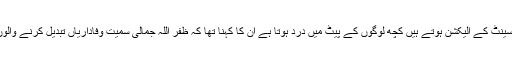
انہوں نے کہا کہ جب بھی سینٹ کے الیکشن ہوتے ہیں کچھ لوگوں کے پیٹ میں درد ہوتا ہے ان کا کہنا تھا کہ ظفر اللہ جمالی سمیت وفاداریاں تبدیل کرنے والوں سے ہمیں فرق نہیں پڑتا ۔